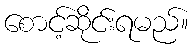
စောင့်ဆိုင်းရမည်။